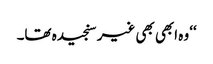
‘‘ وہ ابھی بھی غیر سنجیدہ تھا۔